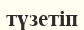
түзетіп